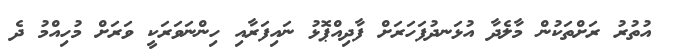
އުތުރު ރަށްތަކުން މާލެދާ އުޅަނދުފަހަރަށް ފާދިއްޕޮޅު ނައިފަރާއި ހިންނަވަރަކީ ވަރަށް މުހިއްމު ދެ